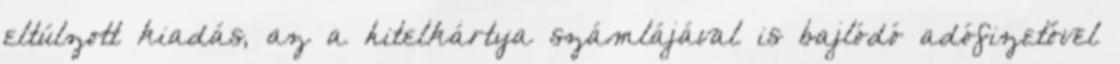
eltúlzott kiadás, az a hitelkártya számlájával is bajlódó adófizetővel